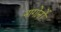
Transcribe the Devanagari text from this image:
नागोर्नो